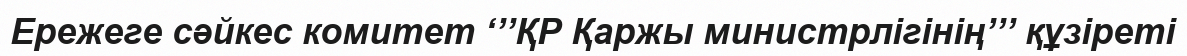
Ережеге сәйкес комитет ‘’’ҚР Қаржы министрлігінің’’’ құзіреті